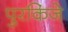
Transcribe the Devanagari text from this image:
पुरकिंजे